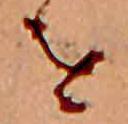
を